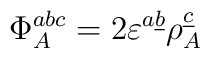
\Phi_A^{abc}=2 \varepsilon^{a \underline{b}} \rho_A^{\underline{c}}